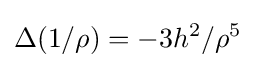
\Delta (1/\rho )=-3h^{2}/\rho ^{5}